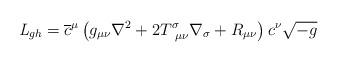
LaTeX: \begin{align*}{\it L}_{gh} = \overline{c}^\mu \left( g_{\mu \nu } \nabla^2 +2 T^\sigma_{~\mu \nu } \nabla_\sigma + R_{\mu \nu } \right) c^\nu\sqrt{-g}\end{align*}